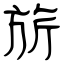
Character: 旂